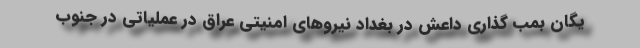
یگان بمب گذاری داعش در بغداد نیروهای امنیتی عراق در عملیاتی در جنوب